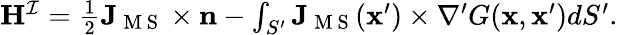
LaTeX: \begin{array}{r}{\mathbf{H}^{\mathcal{I}}=\frac{1}{2}\mathbf{J}_{\mathrm{~M~S~}}\times\mathbf{n}-\int_{S^{\prime}}\mathbf{J}_{\mathrm{~M~S~}}(\mathbf{x}^{\prime})\times\nabla^{\prime}G(\mathbf{x},\mathbf{x}^{\prime})dS^{\prime}.}\end{array}